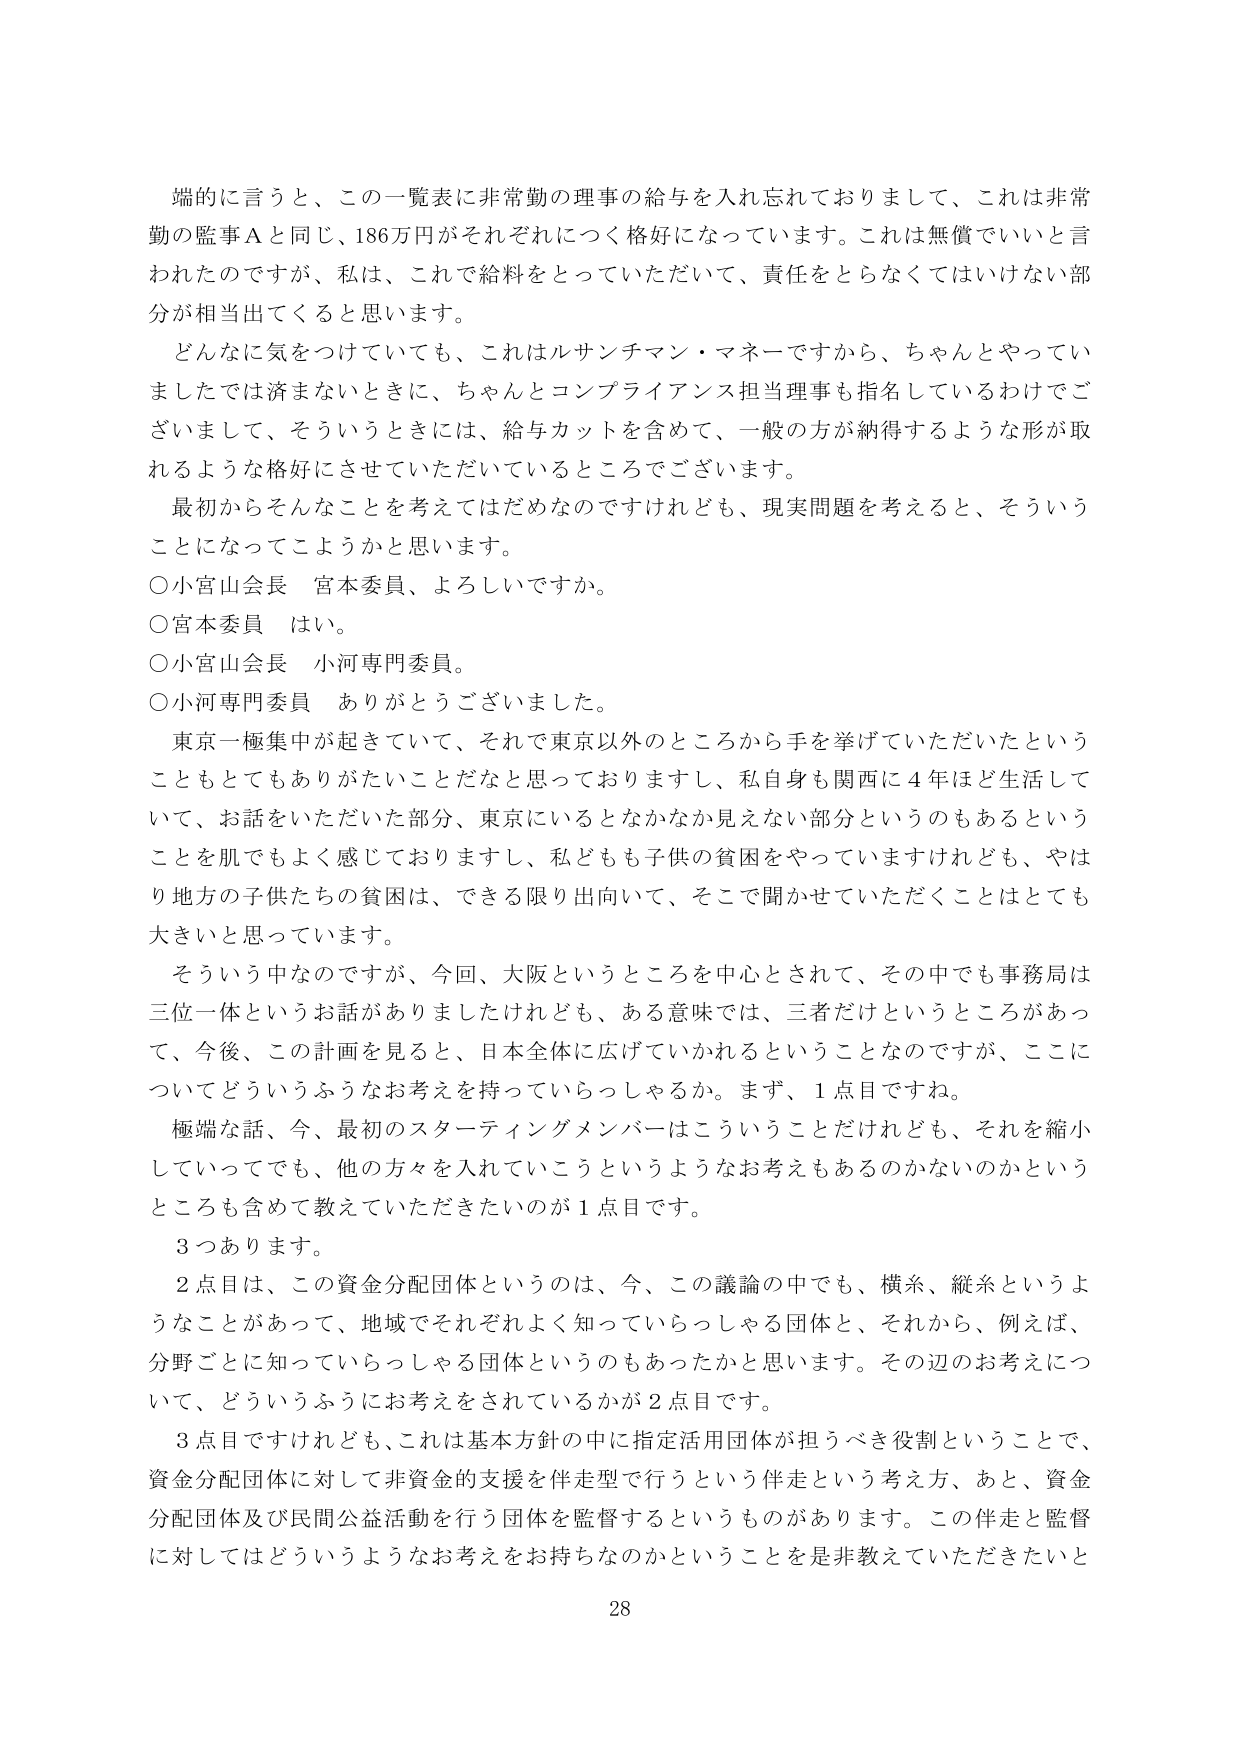
端的に言うと、この一覧表に非常勤の理事の給与を入れ忘れておりまして、これは非常勤の監事Ａと同じ、186万円がそれぞれにつく格好になっています。これは無償でいいと言われたのですが、私は、これで給料をとっていただいて、責任をとらなくてはいけない部分が相当出てくると思います。

どんなに気をつけていても、これはルサンチマン・マネーですから、ちゃんとやっていましたでは済まないときに、ちゃんとコンプライアンス担当理事も指名しているわけでございますし、そういうときには、給与カットを含めて、一般の方が納得するような形が取れるような格好にさせていただいているところでございます。

最初からそんなことを考えてはだめなのですけれども、現実問題を考えると、そういうことになってこようかと思います。

○小宮山会長　宮本委員、よろしいですか。

○宮本委員　はい。

○小宮山会長　小河専門委員。

○小河専門委員　ありがとうございました。

東京一極集中が起きていて、それで東京以外のところから手を挙げていただいたということもとてもありがたいことだなと思っておりますし、私自身も関西に４年ほど生活していて、お話をいただいた部分、東京にいるとなかなか見えない部分というのもあるということを肌でもよく感じておりますし、私どもも子供の貧困をやっていますけれども、やはり地方の子供たちの貧困は、できる限り出向いて、そこで聞かせていただくことはとても大きいと思っています。

そういう中なのですが、今回、大阪というところを中心とされて、その中でも事務局は三位一体というお話がありましたけれども、ある意味では、三者だけというところがあって、今後、この計画を見ると、日本全体に広げていかれるということなのですが、ここについてどういうふうなお考えを持っていらっしゃるか。まず、１点目ですね。

極端な話、今、最初のスターティングメンバーはこういうことだけれども、それを縮小していってでも、他の方々を入れていこうというようなお考えもあるのかないのかというところも含めて教えていただきたいのが１点目です。

３つあります。

２点目は、この資金分配団体というのは、今、この議論の中でも、横糸、縦糸というようなことがあって、地域でそれぞれよく知っていらっしゃる団体と、それから、例えば、分野ごとに知っていらっしゃる団体というのもあったかと思います。その辺のお考えについて、どういうふうにお考えをされているかが２点目です。

３点目ですけれども、これは基本方針の中に指定活用団体が担うべき役割ということで、資金分配団体に対して非資金的支援を伴走型で行うという伴走という考え方、あと、資金分配団体及び民間公益活動を行う団体を監督するというものがあります。この伴走と監督に対してはどういうようなお考えをお持ちなのかということを是非教えていただきたいと

28